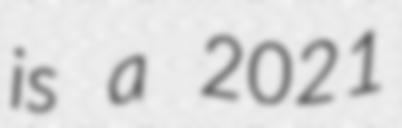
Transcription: is a 2021